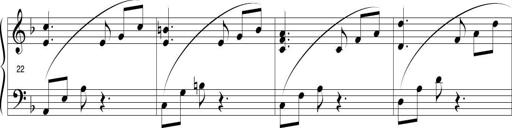
Title: Sonatina in D minor
Composer: Paul Csige
Key: D minor